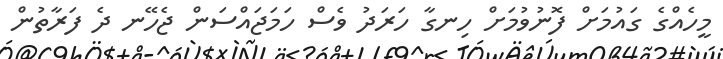
މީހެއްގެ ގައުމަށް ފޮނުވުމަށް ހިނގާ ހަރަދު ވެސް ހަމަޖައްސަން ޖެހޭނ ދެ ފަރާތުން